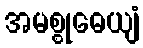
အမစ္စုဓေယျံ